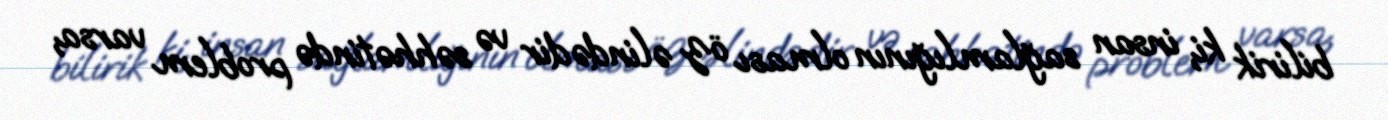
bilirik ki, insan sağlamlığının olması öz əlindədir və səhhətində problem varsa,